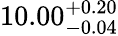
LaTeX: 10.00_{-0.04}^{+0.20}